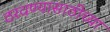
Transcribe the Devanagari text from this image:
ठरवण्यासाठीच्या